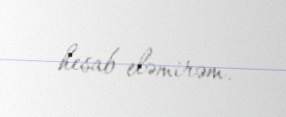
hesab eləmirəm.